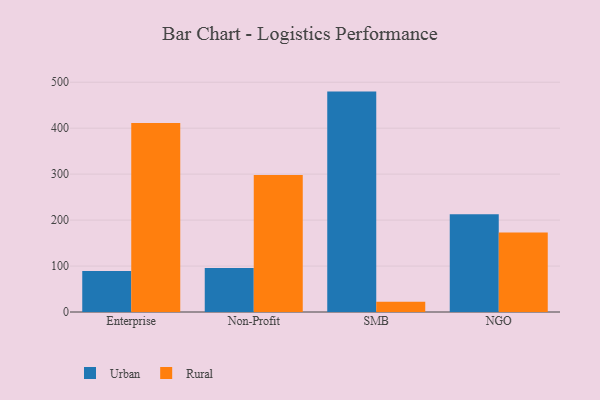
{"axis": {"x": "Segment", "y": "Website Visitors"}, "legend": ["Rural", "Urban"], "data": [{"x": "Enterprise", "y": 89.4, "type": "Urban"}, {"x": "Enterprise", "y": 411.4, "type": "Rural"}, {"x": "Non-Profit", "y": 95.9, "type": "Urban"}, {"x": "Non-Profit", "y": 298.2, "type": "Rural"}, {"x": "SMB", "y": 479.6, "type": "Urban"}, {"x": "SMB", "y": 22.3, "type": "Rural"}, {"x": "NGO", "y": 212.8, "type": "Urban"}, {"x": "NGO", "y": 172.8, "type": "Rural"}]}